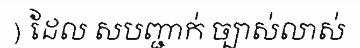
) ដែល សបញ្ជាក់ ច្បាស់លាស់